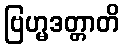
ဗြဟ္မဒတ္တာတိ